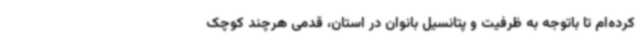
کرده‌ام تا باتوجه به ظرفیت و پتانسیل بانوان در استان، قدمی هرچند کوچک